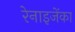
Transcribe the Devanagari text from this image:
रेनाइजेंका